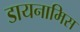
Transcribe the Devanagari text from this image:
डायनामिस